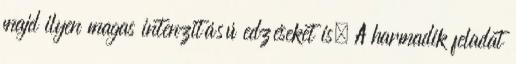
majd ilyen magas intenzitású edzéseket is. A harmadik feladat